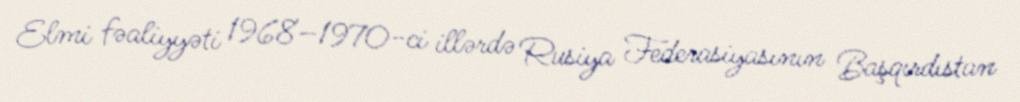
Elmi fəaliyyəti 1968–1970-ci illərdə Rusiya Federasiyasının Başqırdıstan